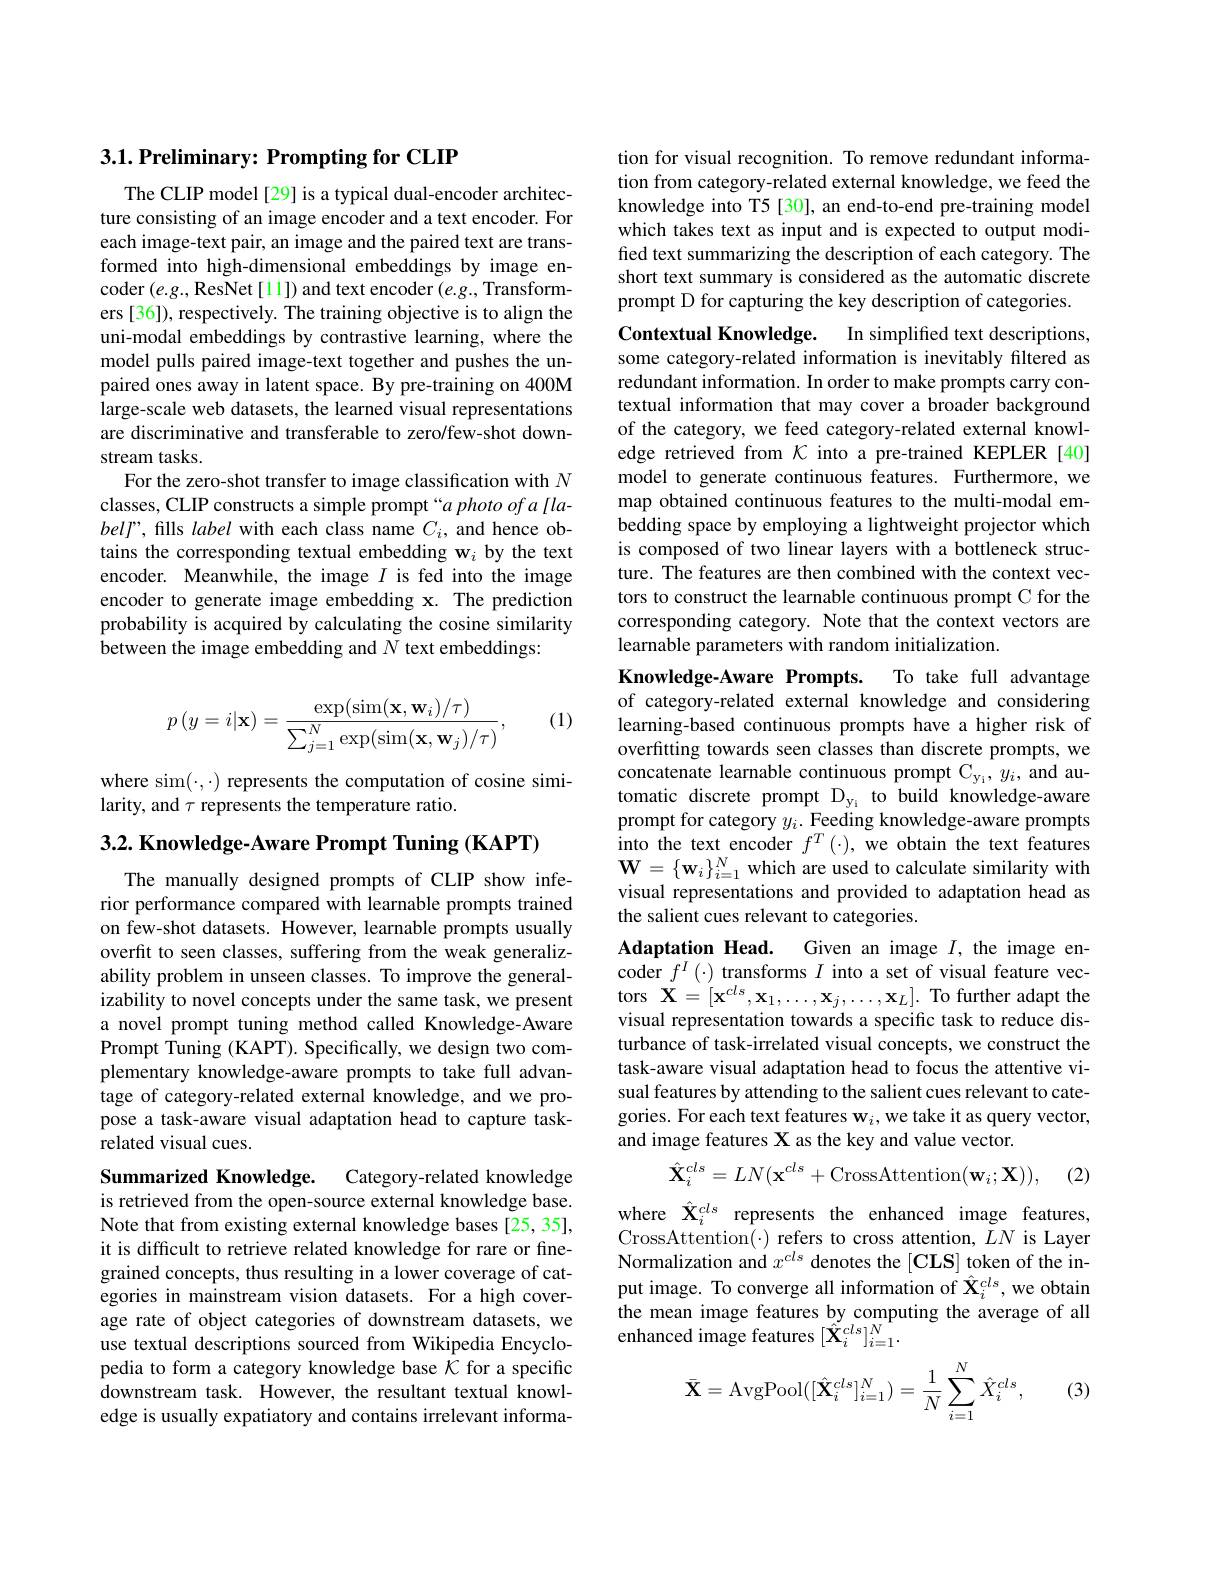
### 3.1. Preliminary: Prompting for CLIP

The CLIP model[29] is a typical dual-encoder architecture consisting of an image encoder and a text encoder. For each image-text pair, an image and the paired text are transformed into high-dimensional embeddings by image encoder $(e.g.$,ResNet [11]) and text encoder $(e.g.$,Transformers [36]), respectively. The training objective is to align the uni-modal embeddings by contrastive learning, where the model pulls paired image-text together and pushes the unpaired ones away in latent space. By pre-training on 400M large-scale web datasets, the learned visual representations are discriminative and transferable to zero/few-shot downstream tasks.
For the zero-shot transfer to image classification with $N$ classes, CLIP constructs a simple prompt “a photo of a [labell", fills label with each class name $C_i$, and hence obtains the corresponding textual embedding w$_i$ by the text encoder. Meanwhile, the image $I$ is fed into the image encoder to generate image embedding x. The prediction probability is acquired by calculating the cosine similarity $\hat{\text{between the image embedding and }N}$ text embeddings:

(1)
$$p\left(y=i|\mathbf{x}\right)=\frac{\exp(\sin(\mathbf{x},\mathbf{w}_{i})/\tau)}{\sum_{j=1}^{N}\exp(\sin(\mathbf{x},\mathbf{w}_{j})/\tau)},$$
where sim($\cdot,\cdot)$ represents the computation of cosine simi-
larity, and $\tau$ represents the temperature ratio.

$3. 2. \textbf{ Knowledge- Aware Prompt Tuning ( KAPT) }$

The manually designed prompts of CLIP show inferior performance compared with learnable prompts trained on few-shot datasets. However, learnable prompts usually overfit to seen classes, suffering from the weak generalizability problem in unseen classes. To improve the generalizability to novel concepts under the same task, we present a novel prompt tuning method called Knowledge-Aware Prompt Tuning (KAPT). Specifically, we design two complementary knowledge-aware prompts to take full advantage of category-related external knowledge, and we propose a task-aware visual adaptation head to capture taskrelated visual cues.

Summarized Knowledge. Category-related knowledge is retrieved from the open-source external knowledge base. Note that from existing external knowledge bases [25, 35], it is difficult to retrieve related knowledge for rare or finegrained concepts, thus resulting in a lower coverage of categories in mainstream vision datasets. For a high coverage rate of object categories of downstream datasets, we use textual descriptions sourced from Wikipedia Encyclopedia to form a category knowledge base $\mathcal{K}$ for a specific downstream task. However, the resultant textual knowledge is usually expatiatory and contains irrelevant informa-

tion for visual recognition. To remove redundant information from category-related external knowledge, we feed the knowledge into T5[30], an end-to-end pre-training model which takes text as input and is expected to output modified text summarizing the description of each category. The short text summary is considered as the automatic discrete prompt D for capturing the key description of categories.

Contextual Knowledge. In simplified text descriptions, some category-related information is inevitably filtered as redundant information. In order to make prompts carry contextual information that may cover a broader background of the category, we feed category-related external knowledge retrieved from $\mathcal{K}$ into a pre-trained KEPLER [40] model to generate continuous features. Furthermore, we map obtained continuous features to the multi-modal embedding space by employing a lightweight projector which is composed of two linear layers with a bottleneck structure. The features are then combined with the context vectors to construct the learnable continuous prompt C for the corresponding category. Note that the context vectors are learnable parameters with random initialization.
Knowledge-Aware Prompts. To take full advantage

of category-related external knowledge and considering learning-based continuous prompts have a higher risk of overfitting towards seen classes than discrete prompts, we concatenate learnable continuous prompt Cyi, $y_i$, and automatic discrete prompt Dyi to build knowledge-aware prompt for category $y_i.$ Feeding knowledge-aware prompts into the text encoder $f^T\left(\cdot\right)$, we obtain the text features $\mathbf{W}=\{\mathbf{w}_{i}\}_{i=1}^{N}$ which are used to calculate similarity with visual representations and provided to adaptation head as the salient cues relevant to categories.
Adaptation Head.
Given an image $I$, the image en-
coder $f^I(\cdot)\operatorname*{transforms}I$ into a set of visual feature vectors $\mathbf{X}=[\mathbf{x}^{cls},\mathbf{x}_{1},\ldots,\mathbf{x}_{j},\ldots,\mathbf{x}_{L}].$ To further adapt the visual representation towards a specific task to reduce disturbance of task-irrelated visual concepts, we construct the task-aware visual adaptation head to focus the attentive visual features by attending to the salient cues relevant to categories. For each text features w$_i$,we take it as query vector, and image features X as the key and value vector.
$$\hat{\mathbf{X}}_{i}^{cls}=LN(\mathbf{x}^{cls}+\mathrm{CrossAttention}(\mathbf{w}_{i};\mathbf{X})),$$
(2)

where $\hat{\mathbf{X}}_i^{cls}$ represents the enhanced image features, $CrossAttention(\cdot) refers to cross attention, LN is Layer$ Normalization and $x^cls$ denotes the $[\mathbf{CLS}]$ token of the input image. To converge all information of $\hat{\mathbf{X}}_i^{cls}$, we obtain the mean image features by computing the average of all enhanced image features $[\hat{\mathbf{X}}_i^{cls}]_{i=1}^N.$
$$\bar{\mathbf{X}}=\operatorname{AvgPool}([\hat{\mathbf{X}}_i^{cls}]_{i=1}^N)=\frac{1}{N}\sum_{i=1}^N\hat{X}_i^{cls},$$
(3)